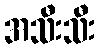
အသီးသီး